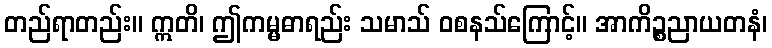
တည်ရာတည်း။ ဣတိ၊ ဤကမ္မဓာရည်း သမာသ် ဝစနသ်ကြောင့်။ အာကိဉ္စညာယတနံ၊